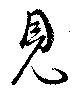
見